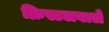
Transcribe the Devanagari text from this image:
क्रिस्टलवाले